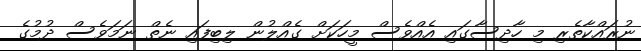
ނުރައްކާތެރި މި ހާދިސާގައި އެއްވެސް މީހަކަށް ގެއްލުން ލިބިފައި ނެތް ނަމަވެސް ދުމުގެ